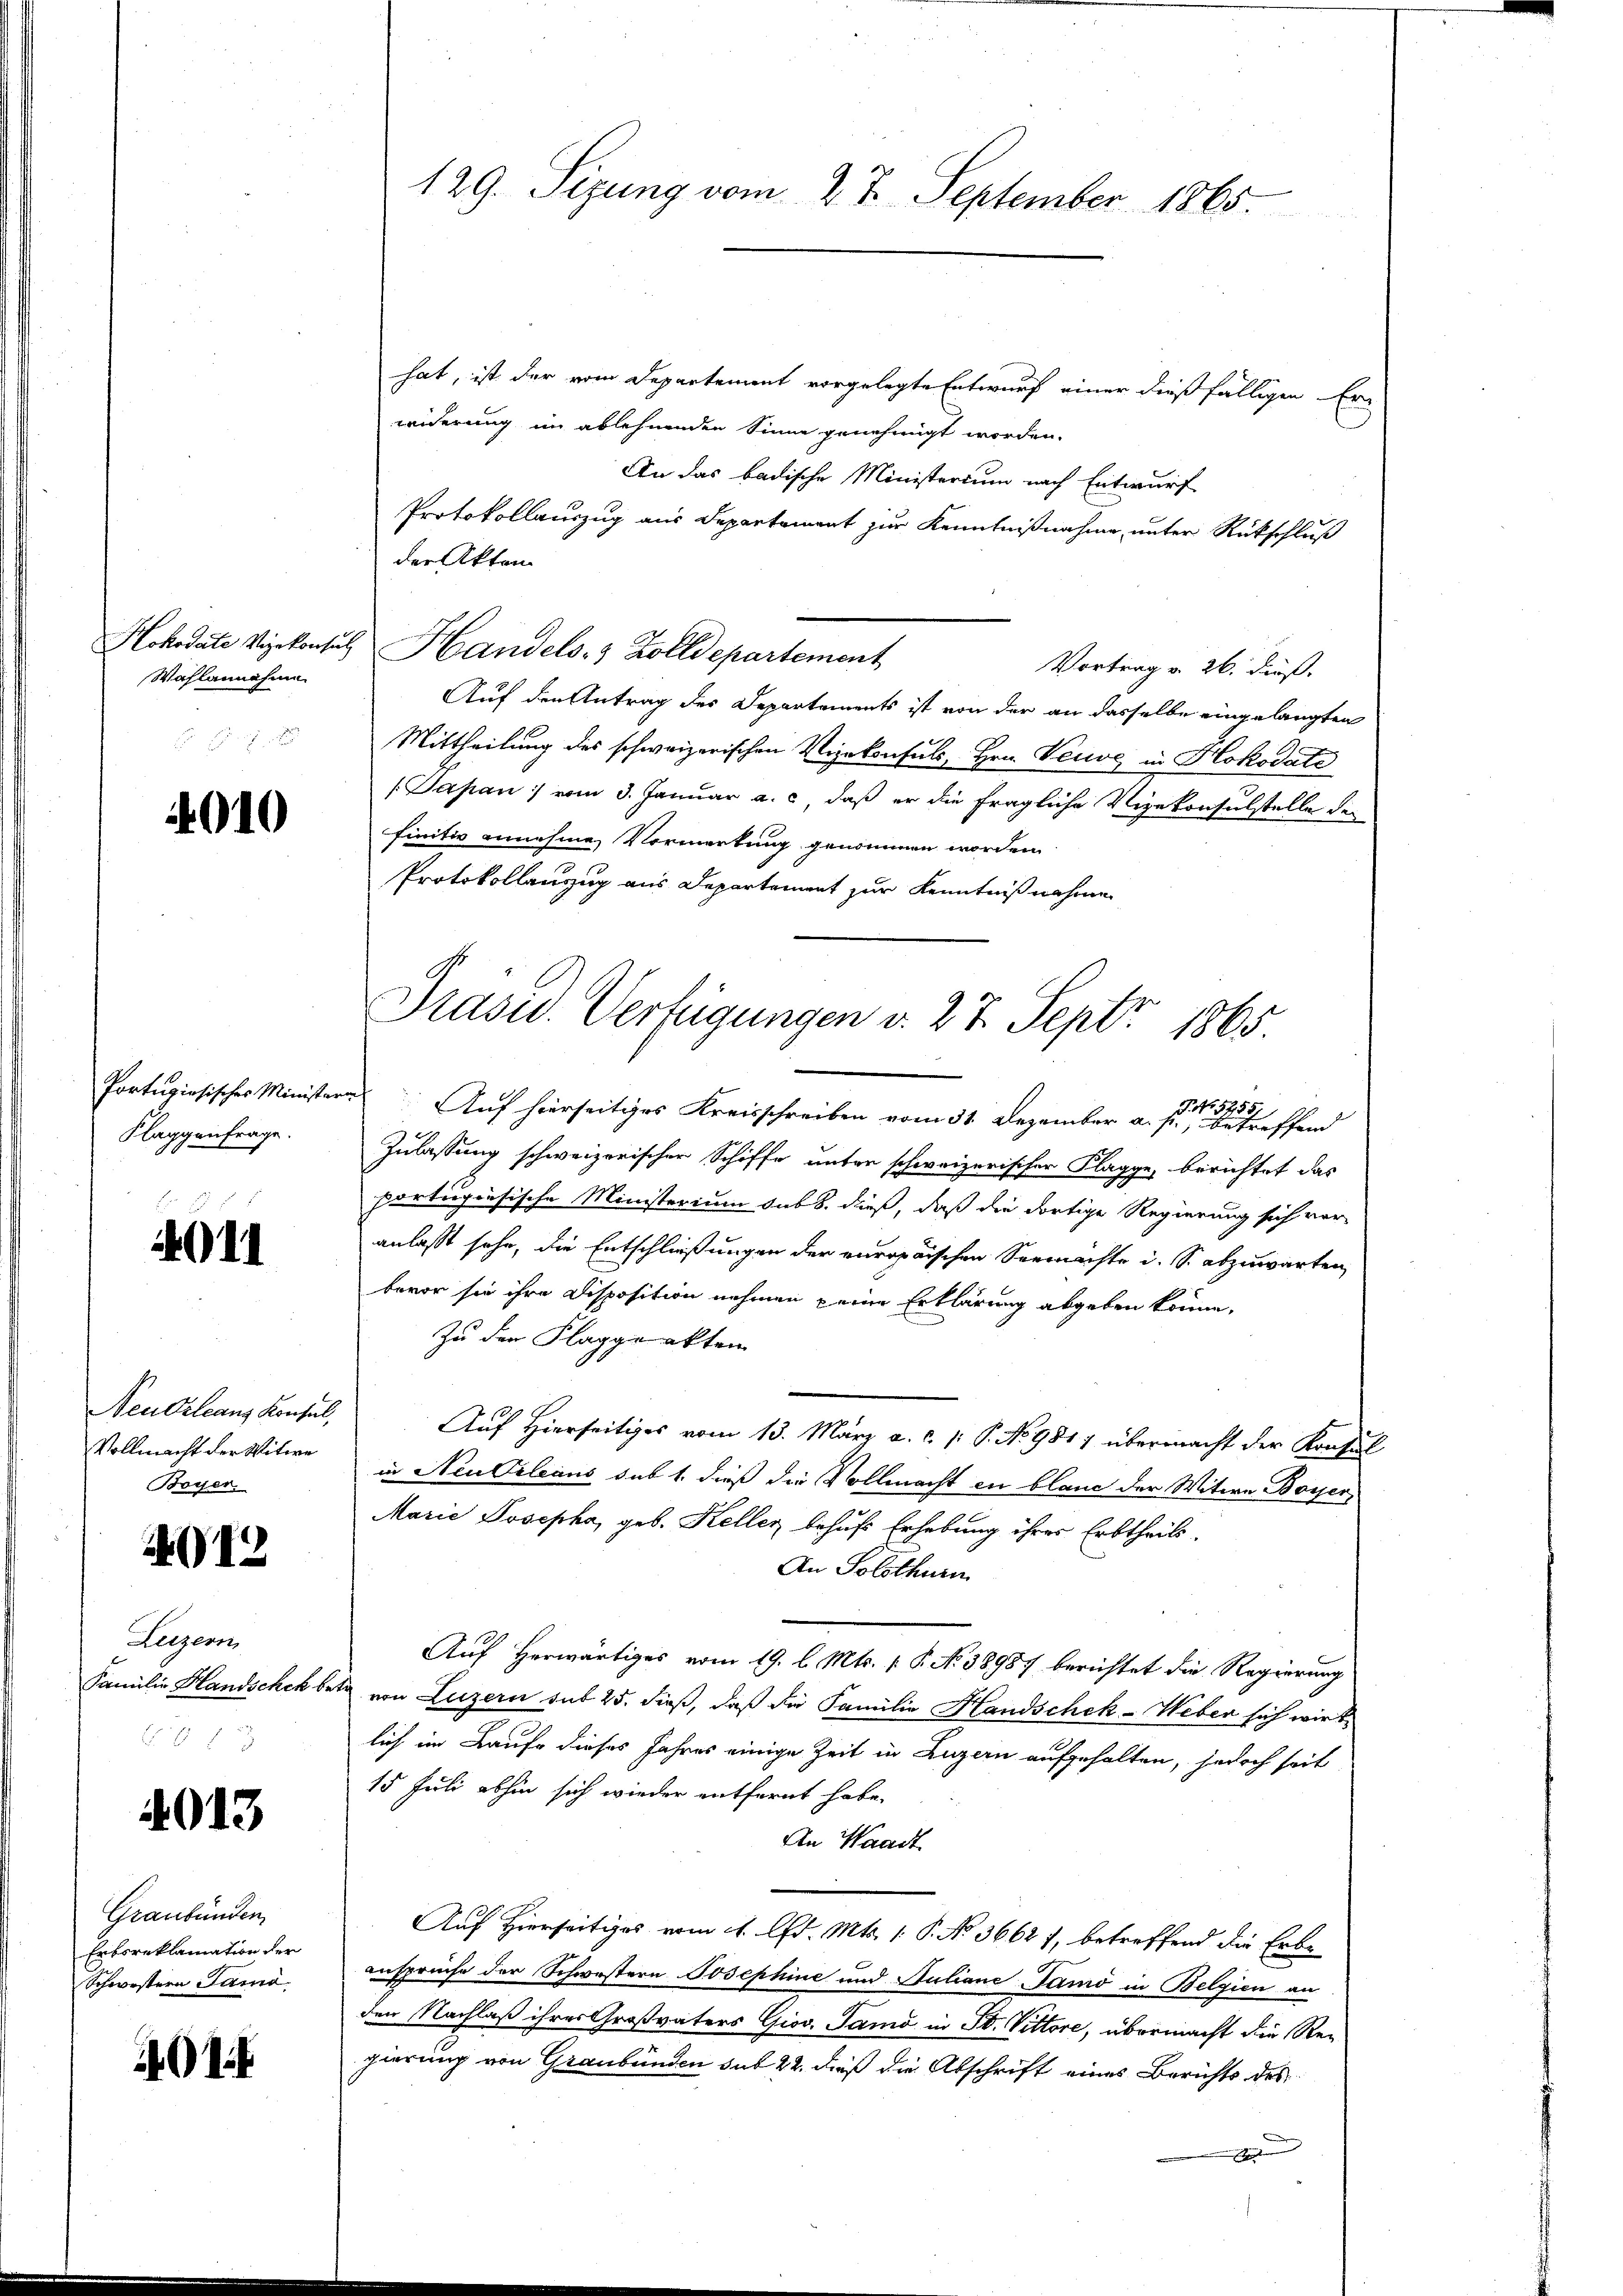
Hokodate Vizekonsul
Wahlannahme

4010

Klaggenfrage.

11

Neu Orleans Konsul,
Vollmacht der Witwe
Boyer

01

Luzern,
Familie Handschek be
 48 x

4013

Graubünden
Ertsreklamation der
Schwestern Sama

401

129. Sizung vom 27. September 1865.

hat, ist der vom Departement vorgelegte Entwurf einer dießfälligen Erwiderung im ablehnenden Sinne genehmigt worden.
An das badische Ministerium nach Entwurf
Protokollauszug aus Departement zur Kenntnißnahme unter Rückschluß
der Akten
u Handels- & Zolldepartement
Vortrag v. 26. Fuß.
Auf den Antrag des Departements ist von der an dasselbe eingelangten
Mittheilung des schweizerischen Vizekonsuls Hrn. Veuve in Hokodate
(Sapan : vom 3. Januar a. c., daß er die fragliche Vizekonsulstelle des
finitiv annehme Vormerkung genommen worden
Protokollenzug aus Departement zur Kenntnißnahme

Präsid. Verfügungen v. 27. Sept. 1865.

Portugiosischer Ministern Auf hierseitiges Kreisschreiben vom 31. Dezember a. p. betreffend
Zulassung schweizerischer Schiffe unter schweizerischer Klagge, berichtet das
portugisische Ministerium sub b. dieß, daß die dortige Regierung sich vor-
anlasst sehe, die Entschließungen der europaischen Seemachte i. S. abzuwarten,
bevor sie ihre Disposition nehmen seine Erklärung abgeben könne.
Zu der Flaggeakten
Auf Hierseitiges vom 13. März a. c. /: P. No 9817 übermacht der Konsul
in Neu Orleans sub 1. dieß die Vollmacht zu blanc der Witwe Boyer,
Marie Josepha, geb. Keller behufs Erhebung ihrer Erbtheils.
An Solothurn
Auf Herwärtiges vom 19. l. Mts. v. P. No 38987 berichtet die Regierung
ein von Luzern sub 25. dieß, daß die Familie Handschek- Weber sich wirk
lich im Laufe dieses Jahres einige Zeit in Luzern aufgehalten, jedoch seit
15 Juli abhin sich wieder entfernt habe.
An Waadt.
Auf Hierseits vom 4. d. Mts. 1. P. No 36627, betreffend die Erbe
ansprüche der Schwestern Josephine und Juliane Jamo in Belgien an
den Nachlaß ihres Großvaters Giov. Samo in St. Vittore, übermacht die Re-
gierung von Graubünden sub 22. dieß die Abschrift eines Berichts des
e